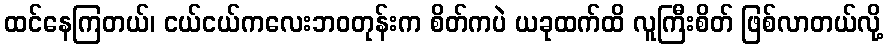
ထင်နေကြတယ်၊ ငယ်ငယ်ကလေးဘဝတုန်းက စိတ်ကပဲ ယခုထက်ထိ လူကြီးစိတ် ဖြစ်လာတယ်လို့